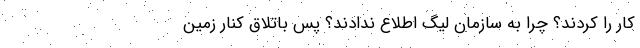
کار را کردند؟ چرا به سازمان لیگ اطلاع ندادند؟ پس باتلاق کنار زمین